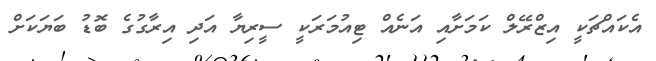
އެކައްޗަކީ އިޒްރޭލް ކަމަށާއި އަނެއް ޓިއުމަރަކީ ސީރިޔާ އަދި އިރާގުގެ ބޮޑު ބަޔަކަށް